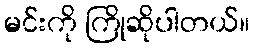
မင်းကို ကြိုဆိုပါတယ်။